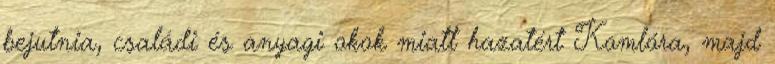
bejutnia, családi és anyagi okok miatt hazatért Komlóra, majd